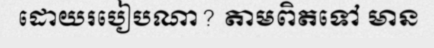
ដោយរបៀបណា? តាមពិតទៅ មាន